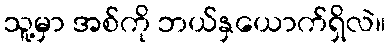
သူ့မှာ အစ်ကို ဘယ်နှယောက်ရှိလဲ။